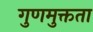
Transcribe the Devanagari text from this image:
गुणमुक्तता